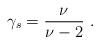
LaTeX: \begin{align*}\gamma_s=\frac{\nu}{\nu-2}\ .\end{align*}